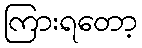
ကြားရတော့